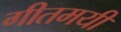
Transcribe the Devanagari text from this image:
गीतमयी